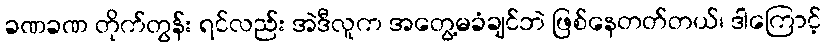
ခဏခဏ တိုက်တွန်း ရင်လည်း အဲဒီလူက အတွေ့မခံချင်ဘဲ ဖြစ်နေတတ်တယ်၊ ဒါကြောင့်